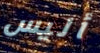
أليس